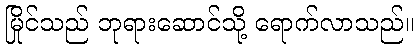
မြိုင်သည် ဘုရားဆောင်သို့ ရောက်လာသည်။